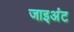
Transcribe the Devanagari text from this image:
जाइअंट